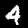
Digit: 4